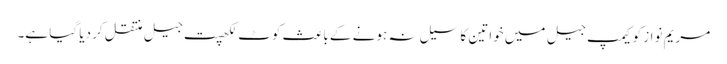
مریم نواز کو کیمپ جیل میں خواتین کا سیل نہ ہونے کے باعث کوٹ لکھپت جیل منتقل کر دیا گیا ہے۔